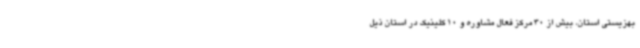
بهزیستی استان، بیش از 30 مرکز فعال مشاوره و 10 کلینیک در استان ذیل